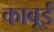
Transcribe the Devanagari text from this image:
काबूई